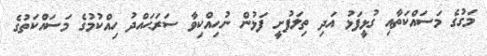
މަގުގެ މަސައްކަތާއި ގުޅީފަޅު އަދި ތިލަފުށީ ފަޅުން ނުހިއްކިވާ ސަރަޙައްދު ހިއްކުމުގެ މަސައްކަތުގެ